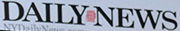
DAILYNEWS